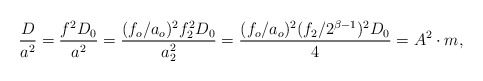
\begin{align*}\frac{D}{a^2} = \frac{f^2 D_0}{a^2} = \frac{(f_o/a_o)^2 f_2^2 D_0}{a_2^2} = \frac{(f_o/a_o)^2 (f_2/ 2^{\beta -1})^2 D_0}{4} = A^2 \cdot m,\end{align*}